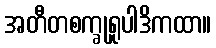
အတီတစက္ခုရူပါဒိကထာ။